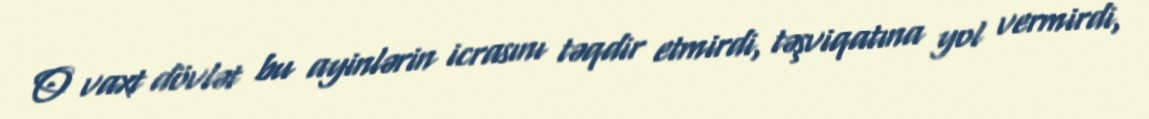
O vaxt dövlət bu ayinlərin icrasını təqdir etmirdi, təşviqatına yol vermirdi,